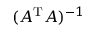
( A ^ { \mathrm { T } } A ) ^ { - 1 }